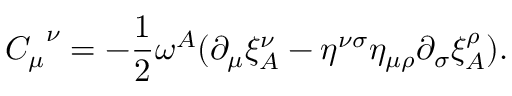
{ C _ { \mu } } ^ { \nu } = - \frac 1 2 \omega ^ { A } ( \partial _ { \mu } \xi _ { A } ^ { \nu } - \eta ^ { \nu \sigma } \eta _ { \mu \rho } \partial _ { \sigma } \xi _ { A } ^ { \rho } ) .